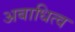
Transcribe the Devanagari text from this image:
अबाधित्व